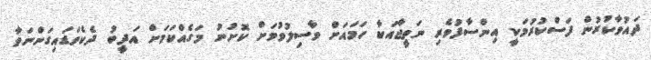
ދައުވާކުރުން ފަސްކުރުމަކީ އިންސާފުވެރި ނަތީޖާއަކާ ހަމައަށް ވާސިލުވުމަށް ކޮށުނު މަގެއްކަމަށް އަދީބު ދެކެވަޑައިގަންނަވާ